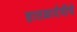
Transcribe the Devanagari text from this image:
हातळादेवीचे